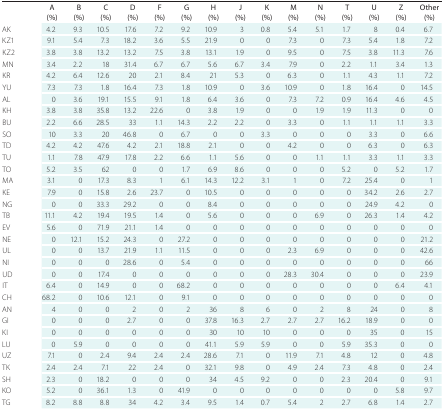
<table><thead><tr><td></td><td><b>A (%)</b></td><td><b>B (%)</b></td><td><b>C (%)</b></td><td><b>D (%)</b></td><td><b>F (%)</b></td><td><b>G (%)</b></td><td><b>H (%)</b></td><td><b>J (%)</b></td><td><b>K (%)</b></td><td><b>M (%)</b></td><td><b>N (%)</b></td><td><b>T (%)</b></td><td><b>U (%)</b></td><td><b>Z (%)</b></td><td><b>Other (%)</b></td></tr></thead><tbody><tr><td><b>AK</b></td><td>4.2</td><td>9.3</td><td>10.5</td><td>17.6</td><td>7.2</td><td>9.2</td><td>10.9</td><td>3</td><td>0.8</td><td>5.4</td><td>5.1</td><td>1.7</td><td>8</td><td>0.4</td><td>6.7</td></tr><tr><td><b>KZ1</b></td><td>9.1</td><td>5.4</td><td>7.3</td><td>18.2</td><td>3.6</td><td>5.5</td><td>21.9</td><td>0</td><td>0</td><td>7.3</td><td>0</td><td>7.3</td><td>5.4</td><td>1.8</td><td>7.2</td></tr><tr><td><b>KZ2</b></td><td>3.8</td><td>3.8</td><td>13.2</td><td>13.2</td><td>7.5</td><td>3.8</td><td>13.1</td><td>1.9</td><td>0</td><td>9.5</td><td>0</td><td>7.5</td><td>3.8</td><td>11.3</td><td>7.6</td></tr><tr><td><b>MN</b></td><td>3.4</td><td>2.2</td><td>18</td><td>31.4</td><td>6.7</td><td>6.7</td><td>5.6</td><td>6.7</td><td>3.4</td><td>7.9</td><td>0</td><td>2.2</td><td>1.1</td><td>3.4</td><td>1.3</td></tr><tr><td><b>KR</b></td><td>4.2</td><td>6.4</td><td>12.6</td><td>20</td><td>2.1</td><td>8.4</td><td>21</td><td>5.3</td><td>0</td><td>6.3</td><td>0</td><td>1.1</td><td>4.3</td><td>1.1</td><td>7.2</td></tr><tr><td><b>YU</b></td><td>7.3</td><td>7.3</td><td>1.8</td><td>16.4</td><td>7.3</td><td>1.8</td><td>10.9</td><td>0</td><td>3.6</td><td>10.9</td><td>0</td><td>1.8</td><td>16.4</td><td>0</td><td>14.5</td></tr><tr><td><b>AL</b></td><td>0</td><td>3.6</td><td>19.1</td><td>15.5</td><td>9.1</td><td>1.8</td><td>6.4</td><td>3.6</td><td>0</td><td>7.3</td><td>7.2</td><td>0.9</td><td>16.4</td><td>4.6</td><td>4.5</td></tr><tr><td><b>KH</b></td><td>3.8</td><td>3.8</td><td>35.8</td><td>13.2</td><td>22.6</td><td>0</td><td>3.8</td><td>1.9</td><td>0</td><td>0</td><td>1.9</td><td>1.9</td><td>11.3</td><td>0</td><td>0</td></tr><tr><td><b>BU</b></td><td>2.2</td><td>6.6</td><td>28.5</td><td>33</td><td>1.1</td><td>14.3</td><td>2.2</td><td>2.2</td><td>0</td><td>3.3</td><td>0</td><td>1.1</td><td>1.1</td><td>1.1</td><td>3.3</td></tr><tr><td><b>SO</b></td><td>10</td><td>3.3</td><td>20</td><td>46.8</td><td>0</td><td>6.7</td><td>0</td><td>0</td><td>3.3</td><td>0</td><td>0</td><td>0</td><td>3.3</td><td>0</td><td>6.6</td></tr><tr><td><b>TD</b></td><td>4.2</td><td>4.2</td><td>47.6</td><td>4.2</td><td>2.1</td><td>18.8</td><td>2.1</td><td>0</td><td>0</td><td>4.2</td><td>0</td><td>0</td><td>6.3</td><td>0</td><td>6.3</td></tr><tr><td><b>TU</b></td><td>1.1</td><td>7.8</td><td>47.9</td><td>17.8</td><td>2.2</td><td>6.6</td><td>1.1</td><td>5.6</td><td>0</td><td>0</td><td>1.1</td><td>1.1</td><td>3.3</td><td>1.1</td><td>3.3</td></tr><tr><td><b>TO</b></td><td>5.2</td><td>3.5</td><td>62</td><td>0</td><td>0</td><td>1.7</td><td>6.9</td><td>8.6</td><td>0</td><td>0</td><td>0</td><td>5.2</td><td>0</td><td>5.2</td><td>1.7</td></tr><tr><td><b>MA</b></td><td>3.1</td><td>0</td><td>17.3</td><td>8.3</td><td>1</td><td>6.1</td><td>14.3</td><td>12.2</td><td>3.1</td><td>1</td><td>0</td><td>7.2</td><td>25.4</td><td>0</td><td>1</td></tr><tr><td><b>KE</b></td><td>7.9</td><td>0</td><td>15.8</td><td>2.6</td><td>23.7</td><td>0</td><td>10.5</td><td>0</td><td>0</td><td>0</td><td>0</td><td>0</td><td>34.2</td><td>2.6</td><td>2.7</td></tr><tr><td><b>NG</b></td><td>0</td><td>0</td><td>33.3</td><td>29.2</td><td>0</td><td>0</td><td>8.4</td><td>0</td><td>0</td><td>0</td><td>0</td><td>0</td><td>24.9</td><td>4.2</td><td>0</td></tr><tr><td><b>TB</b></td><td>11.1</td><td>4.2</td><td>19.4</td><td>19.5</td><td>1.4</td><td>0</td><td>5.6</td><td>0</td><td>0</td><td>0</td><td>6.9</td><td>0</td><td>26.3</td><td>1.4</td><td>4.2</td></tr><tr><td><b>EV</b></td><td>5.6</td><td>0</td><td>71.9</td><td>21.1</td><td>1.4</td><td>0</td><td>0</td><td>0</td><td>0</td><td>0</td><td>0</td><td>0</td><td>0</td><td>0</td><td>0</td></tr><tr><td><b>NE</b></td><td>0</td><td>12.1</td><td>15.2</td><td>24.3</td><td>0</td><td>27.2</td><td>0</td><td>0</td><td>0</td><td>0</td><td>0</td><td>0</td><td>0</td><td>0</td><td>21.2</td></tr><tr><td><b>UL</b></td><td>0</td><td>0</td><td>13.7</td><td>21.9</td><td>1.1</td><td>11.5</td><td>0</td><td>0</td><td>0</td><td>2.3</td><td>6.9</td><td>0</td><td>0</td><td>0</td><td>42.6</td></tr><tr><td><b>NI</b></td><td>0</td><td>0</td><td>0</td><td>28.6</td><td>0</td><td>5.4</td><td>0</td><td>0</td><td>0</td><td>0</td><td>0</td><td>0</td><td>0</td><td>0</td><td>66</td></tr><tr><td><b>UD</b></td><td>0</td><td>0</td><td>17.4</td><td>0</td><td>0</td><td>0</td><td>0</td><td>0</td><td>0</td><td>28.3</td><td>30.4</td><td>0</td><td>0</td><td>0</td><td>23.9</td></tr><tr><td><b>IT</b></td><td>6.4</td><td>0</td><td>14.9</td><td>0</td><td>0</td><td>68.2</td><td>0</td><td>0</td><td>0</td><td>0</td><td>0</td><td>0</td><td>0</td><td>6.4</td><td>4.1</td></tr><tr><td><b>CH</b></td><td>68.2</td><td>0</td><td>10.6</td><td>12.1</td><td>0</td><td>9.1</td><td>0</td><td>0</td><td>0</td><td>0</td><td>0</td><td>0</td><td>0</td><td>0</td><td>0</td></tr><tr><td><b>AN</b></td><td>4</td><td>0</td><td>0</td><td>2</td><td>0</td><td>2</td><td>36</td><td>8</td><td>6</td><td>0</td><td>2</td><td>8</td><td>24</td><td>0</td><td>8</td></tr><tr><td><b>GI</b></td><td>0</td><td>0</td><td>0</td><td>2.7</td><td>0</td><td>0</td><td>37.8</td><td>16.3</td><td>2.7</td><td>2.7</td><td>2.7</td><td>16.2</td><td>18.9</td><td>0</td><td>0</td></tr><tr><td><b>KI</b></td><td>0</td><td>0</td><td>0</td><td>0</td><td>0</td><td>0</td><td>30</td><td>10</td><td>10</td><td>0</td><td>0</td><td>0</td><td>35</td><td>0</td><td>15</td></tr><tr><td><b>LU</b></td><td>0</td><td>5.9</td><td>0</td><td>0</td><td>0</td><td>0</td><td>41.1</td><td>5.9</td><td>5.9</td><td>0</td><td>0</td><td>5.9</td><td>35.3</td><td>0</td><td>0</td></tr><tr><td><b>UZ</b></td><td>7.1</td><td>0</td><td>2.4</td><td>9.4</td><td>2.4</td><td>2.4</td><td>28.6</td><td>7.1</td><td>0</td><td>11.9</td><td>7.1</td><td>4.8</td><td>12</td><td>0</td><td>4.8</td></tr><tr><td><b>TK</b></td><td>2.4</td><td>2.4</td><td>7.1</td><td>22</td><td>2.4</td><td>0</td><td>32.1</td><td>9.8</td><td>0</td><td>4.9</td><td>2.4</td><td>7.3</td><td>4.8</td><td>0</td><td>2.4</td></tr><tr><td><b>SH</b></td><td>2.3</td><td>0</td><td>18.2</td><td>0</td><td>0</td><td>0</td><td>34</td><td>4.5</td><td>9.2</td><td>0</td><td>0</td><td>2.3</td><td>20.4</td><td>0</td><td>9.1</td></tr><tr><td><b>KO</b></td><td>5.2</td><td>0</td><td>36.1</td><td>1.3</td><td>0</td><td>41.9</td><td>0</td><td>0</td><td>0</td><td>0</td><td>0</td><td>0</td><td>0</td><td>5.8</td><td>9.7</td></tr><tr><td><b>TG</b></td><td>8.2</td><td>8.8</td><td>8.8</td><td>34</td><td>4.2</td><td>3.4</td><td>9.5</td><td>1.4</td><td>0.7</td><td>5.4</td><td>2</td><td>2.7</td><td>6.8</td><td>1.4</td><td>2.7</td></tr></tbody></table>